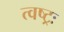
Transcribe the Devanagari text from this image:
त्वष्ट्रः